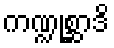
ကဏ္ဍုစ္ဆာဒိ